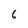
Character: 6